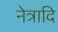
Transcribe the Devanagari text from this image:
नेत्रादि